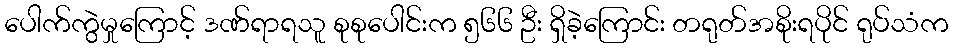
ပေါက်ကွဲမှုကြောင့် ဒဏ်ရာရသူ စုစုပေါင်းက ၅၆၆ ဦး ရှိခဲ့ကြောင်း တရုတ်အစိုးရပိုင် ရုပ်သံက